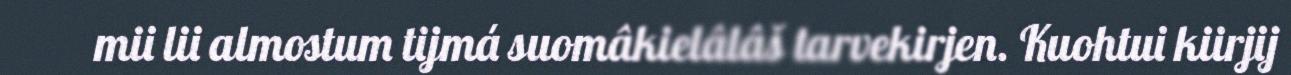
mii lii almostum tijmá suomâkielâlâš tarvekirjen. Kuohtui kiirjij